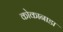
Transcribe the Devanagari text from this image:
कोकानाडा